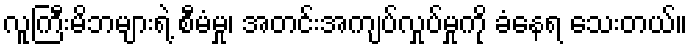
လူကြီးမိဘများရဲ့ စီမံမှု၊ အတင်းအကျပ်လှုပ်မှုကို ခံနေရ သေးတယ်။